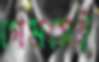
গেমসেই